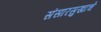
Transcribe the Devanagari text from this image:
संसारसुखाचे